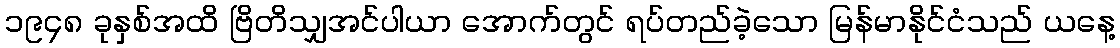
၁၉၄၈ ခုနှစ်အထိ ဗြိတိသျှအင်ပါယာ အောက်တွင် ရပ်တည်ခဲ့သော မြန်မာနိုင်ငံသည် ယနေ့